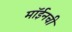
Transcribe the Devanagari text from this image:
मॉईनची